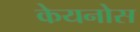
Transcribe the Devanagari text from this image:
केयनोस